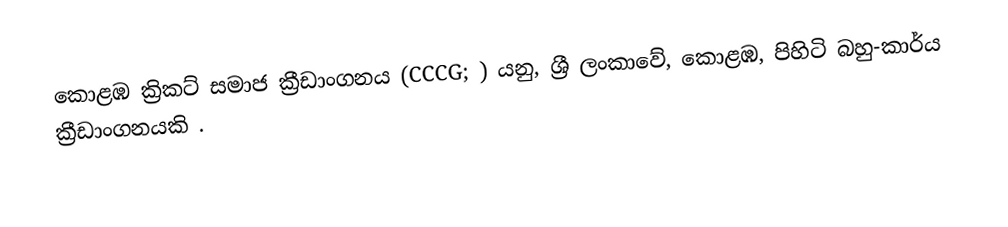
කොළඹ ක්‍රිකට් සමාජ ක්‍රීඩාංගනය (CCCG; ) යනු, ශ්‍රී ලංකාවේ, කොළඹ, පිහිටි බහු-කාර්ය ක්‍රීඩාංගනයකි .